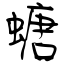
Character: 螗